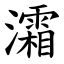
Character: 灀